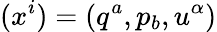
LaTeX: (x^{i})=(q^{a},p_{b},u^{\alpha})